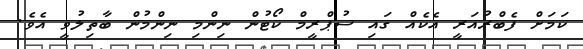
ކަމަށް ފެބްރުއަރީ އެކެއް ގައި ސުޕްރީމް ކޯޓުން ނިންމި ނިންމުން ބާތިލުވީ އެވެ.